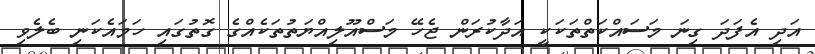
އަދި އެފަދަ ގިނަ މަސައްކަތްތަކަކީ އަދާކުރަން ޖެހޭ މަސްއޫލިއްޔަތުތަކެއްގެ ގޮތުގައި ހަމައެކަނި ބެލެވި